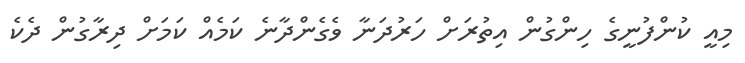
މިއީ ކުންފުނީގެ ހިންގުން އިތުރަށް ހަރުދަނާ ވެގެންދާނެ ކަމެއް ކަމަށް ދިރާގުން ދެކެ